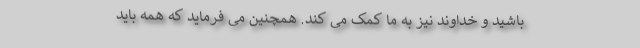
باشید و خداوند نیز به ما کمک می کند. همچنین می فرماید که همه باید